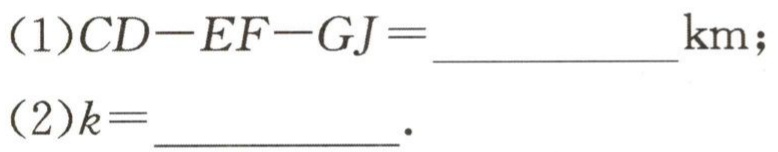
(1)\(CD - EF - GJ=\underline{\quad\quad}\text{km};\)

(2)\(k = \underline{\quad\quad}.\)